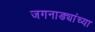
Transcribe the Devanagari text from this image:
जगनाड्यांच्या